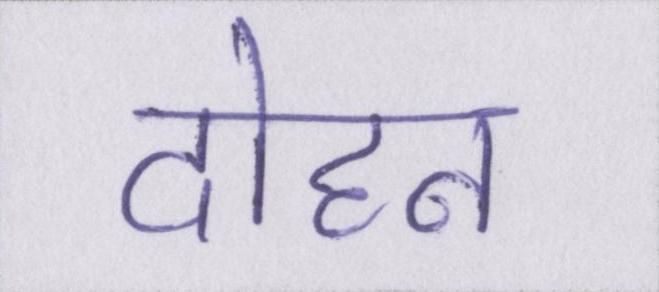
दोहन